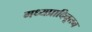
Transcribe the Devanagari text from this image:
मध्यप्रादिनूतन